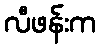
လီဖန်းက